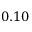
0 . 1 0